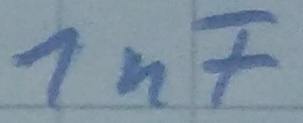
Text: 1nF